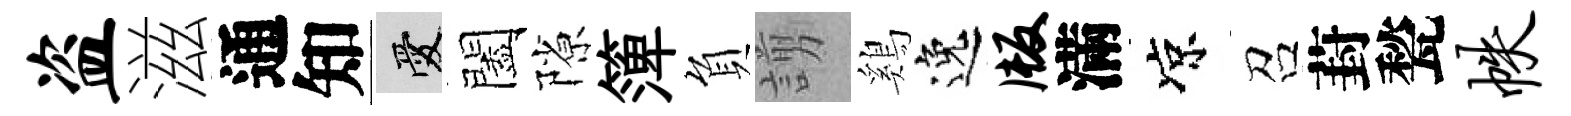
盗滋通知愛闔隙𥱼負謭鷄逸版滿凉召葑甃帙